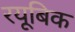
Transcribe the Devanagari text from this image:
रयूबिक